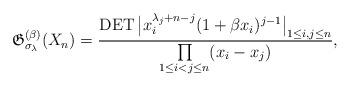
LaTeX: \begin{gather*}\mathfrak{G}_{\sigma_{\lambda}}^{(\beta)}(X_n)={\operatorname{DET}\big| x_i^{\lambda_j +n-j}(1+\beta x_i)^{j-1} \big|_{1 \le i,j \le n} \over \prod\limits_{1 \le i < j \le n}(x_i-x_j) },\end{gather*}